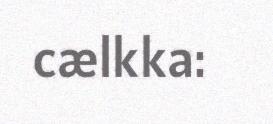
cælkka: